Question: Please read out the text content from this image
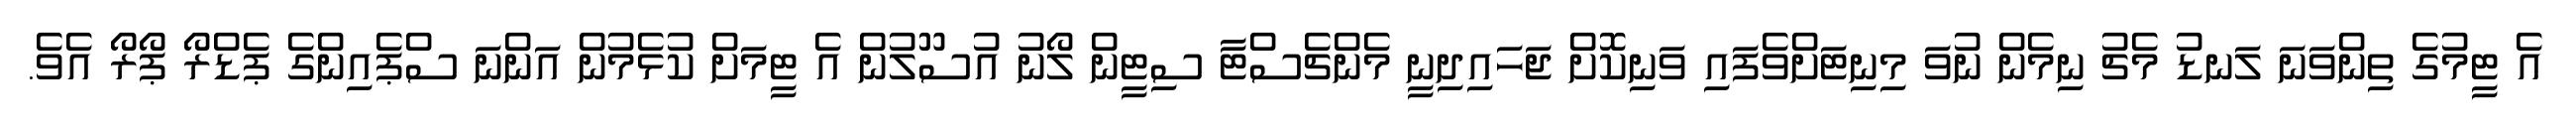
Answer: އެ ޓީމުގެ ތިންވަނަ ލަނޑު މެޗު ނިމެން ނުވަ މިނިޓަށްވެފައި ވަނިކޮށް ޖަހައިދިނީ މެންޗެސްޓާ ސިޓީން ލޯނު އުސޫލުން އެ ޓީމަށް ކުޅެމުން އަންނަ ސްޕެއިންގެ ޕެޑްރޯ ޕޯރޯ އެވެ.